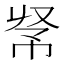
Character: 𢂭